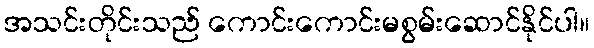
အသင်းတိုင်းသည် ကောင်းကောင်းမစွမ်းဆောင်နိုင်ပါ။